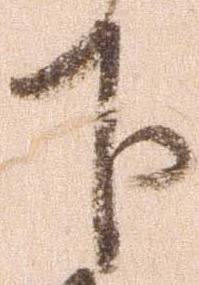
下